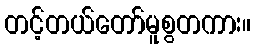
တင့်တယ်တော်မူစွတကား။